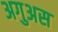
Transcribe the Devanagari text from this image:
अगुअस